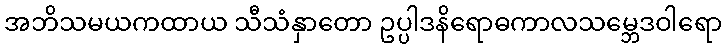
အဘိသမယကထာယ သီသံနှာတော ဥပ္ပါဒနိရောဓကာလသမ္ဘေဒဝါရော